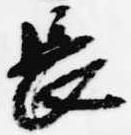
長